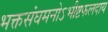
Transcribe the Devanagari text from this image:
भक्तसंघमनोऽभीष्टफलदाय